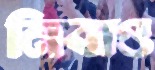
নিবাও